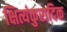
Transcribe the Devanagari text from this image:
क्षित्यंकुरादिक